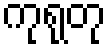
ကုရုတု